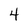
Character: 4